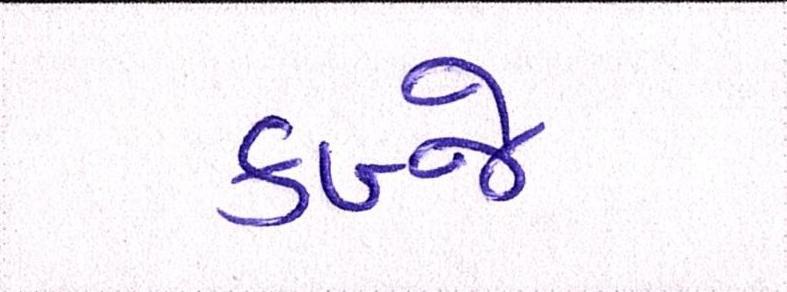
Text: કબ્જે